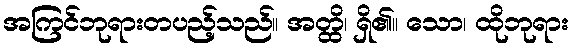
အကြင်ဘုရားတပည့်သည်။ အတ္ထိ၊ ရှိ၏။ သော၊ ထိုဘုရား